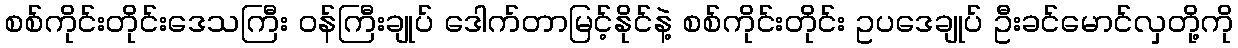
စစ်ကိုင်းတိုင်းဒေသကြီး ဝန်ကြီးချုပ် ဒေါက်တာမြင့်နိုင်နဲ့ စစ်ကိုင်းတိုင်း ဥပဒေချုပ် ဦးခင်မောင်လှတို့ကို